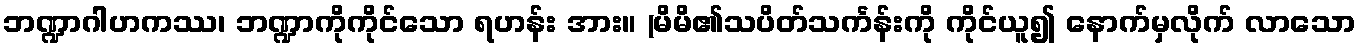
ဘဏ္ဍာဂါဟကဿ၊ ဘဏ္ဍာကိုကိုင်သော ရဟန်း အား။ (မိမိ၏သပိတ်သင်္ကန်းကို ကိုင်ယူ၍ နောက်မှလိုက် လာသော